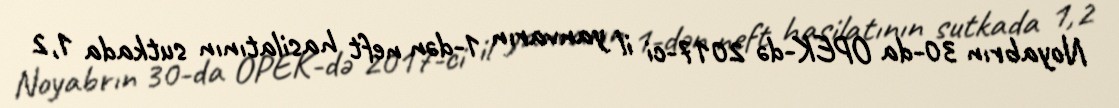
Noyabrın 30-da OPEK-də 2017-ci il yanvarın 1-dən neft hasilatının sutkada 1,2